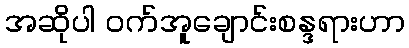
အဆိုပါ ဝက်အူချောင်းစန္ဒရားဟာ